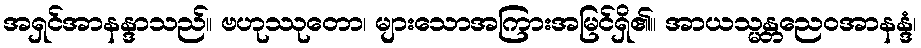
အရှင်အာနန္ဒာသည်။ ဗဟုဿုတော၊ များသောအကြားအမြင်ရှိ၏။ အာယသ္မန္တညေဝအာနန္ဒံ၊